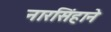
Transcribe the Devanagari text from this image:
नारसिंहाने